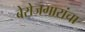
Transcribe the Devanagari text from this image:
बेरोजगारांचा